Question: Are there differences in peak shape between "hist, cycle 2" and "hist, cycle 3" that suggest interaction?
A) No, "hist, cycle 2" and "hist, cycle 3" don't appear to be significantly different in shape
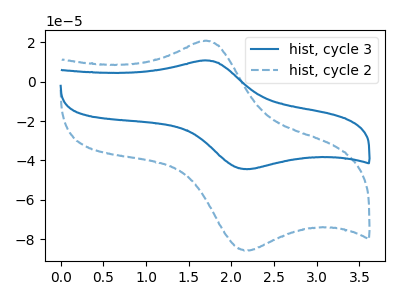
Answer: <think>The blue curve "hist, cycle 3" has an anodic peak at (1.70V, 10.65uA) and a cathodic peak at (2.20V, -44.45uA). The blue dashed curve "hist, cycle 2" has an anodic peak at (1.70V, 20.60uA) and a cathodic peak at (2.20V, -85.75uA).
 All the peaks in "hist, cycle 2" have a peak in "hist, cycle 3" at the same potential. Every peak in "hist, cycle 2" is higher than every peak in "hist, cycle 3".</think>
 <answer>A) No, "hist, cycle 2" and "hist, cycle 3" don't appear to be significantly different in shape</answer>
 <eval>A</eval>